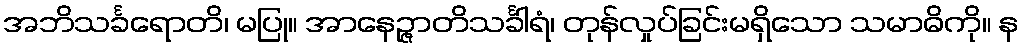
အဘိသင်္ခရောတိ၊ မပြု။ အာနေဉ္ဇာတိသင်္ခါရံ၊ တုန်လှုပ်ခြင်းမရှိသော သမာဓိကို။ န